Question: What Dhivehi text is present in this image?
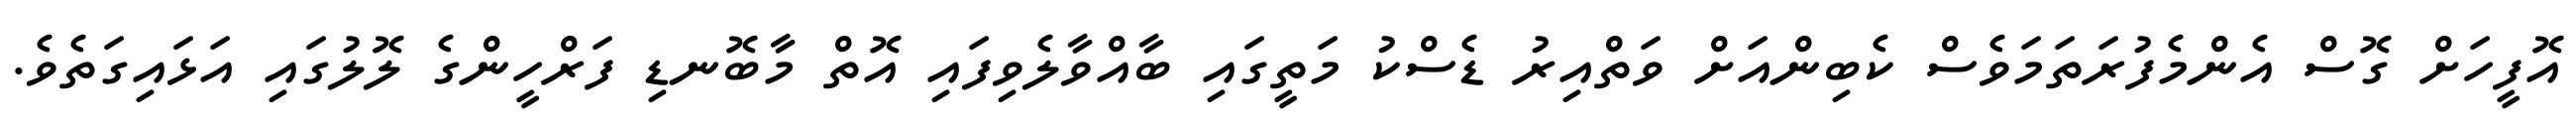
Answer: އޮފީހަށް ގޮސް އެންމެފުރަތަމަވެސް ކެބިންއަށް ވަތްއިރު ޑެސްކު މަތީގައި ބާއްވާލެވިފައި އޮތް މާބޮނޑި ފަރްހީންގެ ލޮލުގައި އަޅައިގަތެވެ.